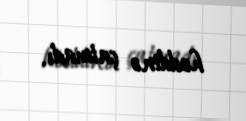
həddinə çatmadı.